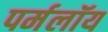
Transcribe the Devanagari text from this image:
पर्मलॉय